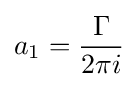
a_{1}={\frac {\Gamma }{2\pi i}}